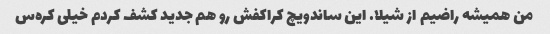
من همیشه راضیم از شیلا. این ساندویچ کراکفش رو هم جدید کشف کردم خیلی کره‌س